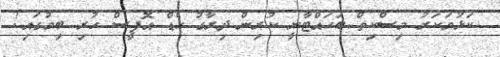
ކަޅުވަކަރު މިސްކިތް ބަހައްޓާނީ ކުރިން ދިރާގު ހެޑް އޮފީސް ހުރި ބިމުގައި!